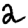
Digit: 2